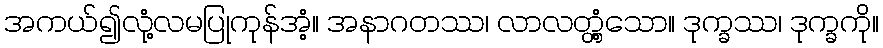
အကယ်၍လုံ့လမပြုကုန်အံ့။ အနာဂတဿ၊ လာလတ္တံ့သော။ ဒုက္ခဿ၊ ဒုက္ခကို။